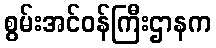
စွမ်းအင်ဝန်ကြီးဌာနက